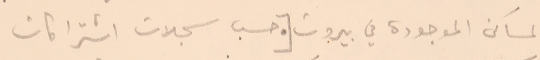
المساكن الموجودة في بيروت [● حسب سجلات اشترا كات